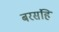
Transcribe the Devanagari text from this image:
बरसंहि